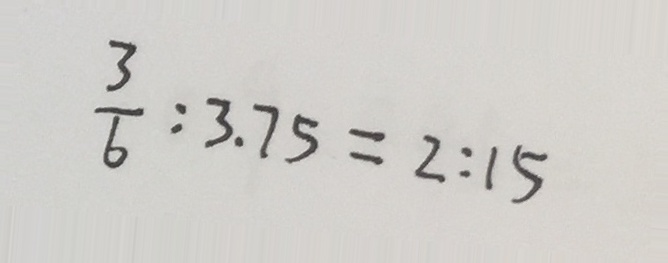
\frac { 3 } { 6 } : 3 . 7 5 = 2 : 1 5